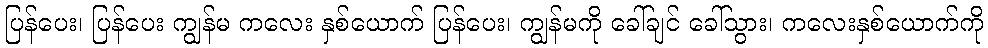
ပြန်ပေး၊ ပြန်ပေး ကျွန်မ ကလေး နှစ်ယောက် ပြန်ပေး၊ ကျွန်မကို ခေါ်ချင် ခေါ်သွား၊ ကလေးနှစ်ယောက်ကို